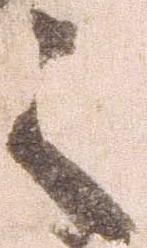
之